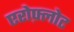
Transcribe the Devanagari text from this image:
एरोफ़्लोट